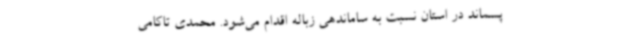
پسماند در استان نسبت به ساماندهی زباله اقدام می‌شود. محمدی تاکامی